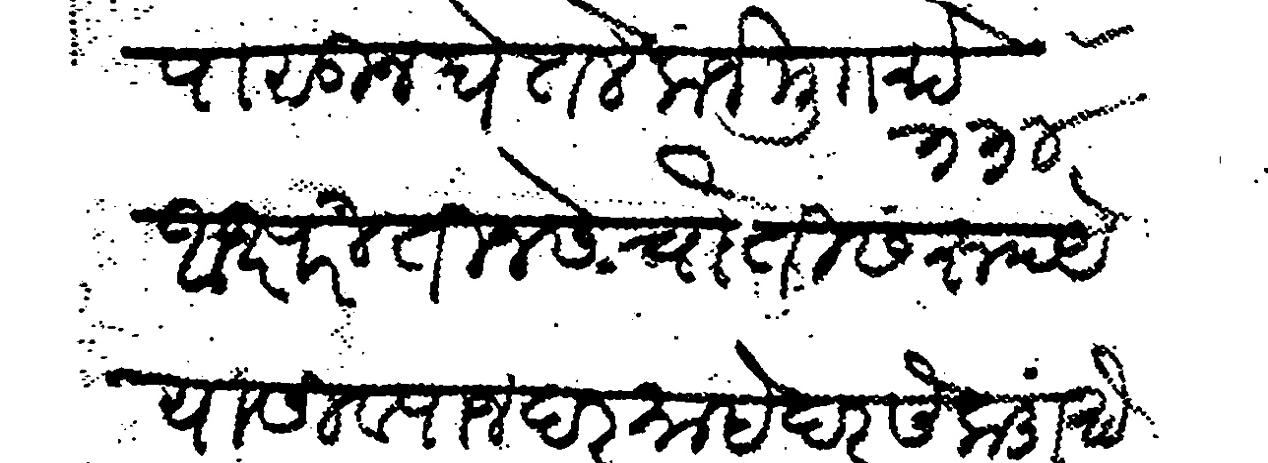
Transliteration (Devanagari): आपणापासून घेतले कर्ज मु रुये ३३४ अक्षरी तीनसे चौतीस रुपये याजी व्याज दर माहे दर सेकडां रुये १